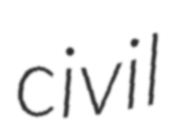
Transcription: civil